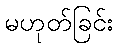
မဟုတ်ခြင်း